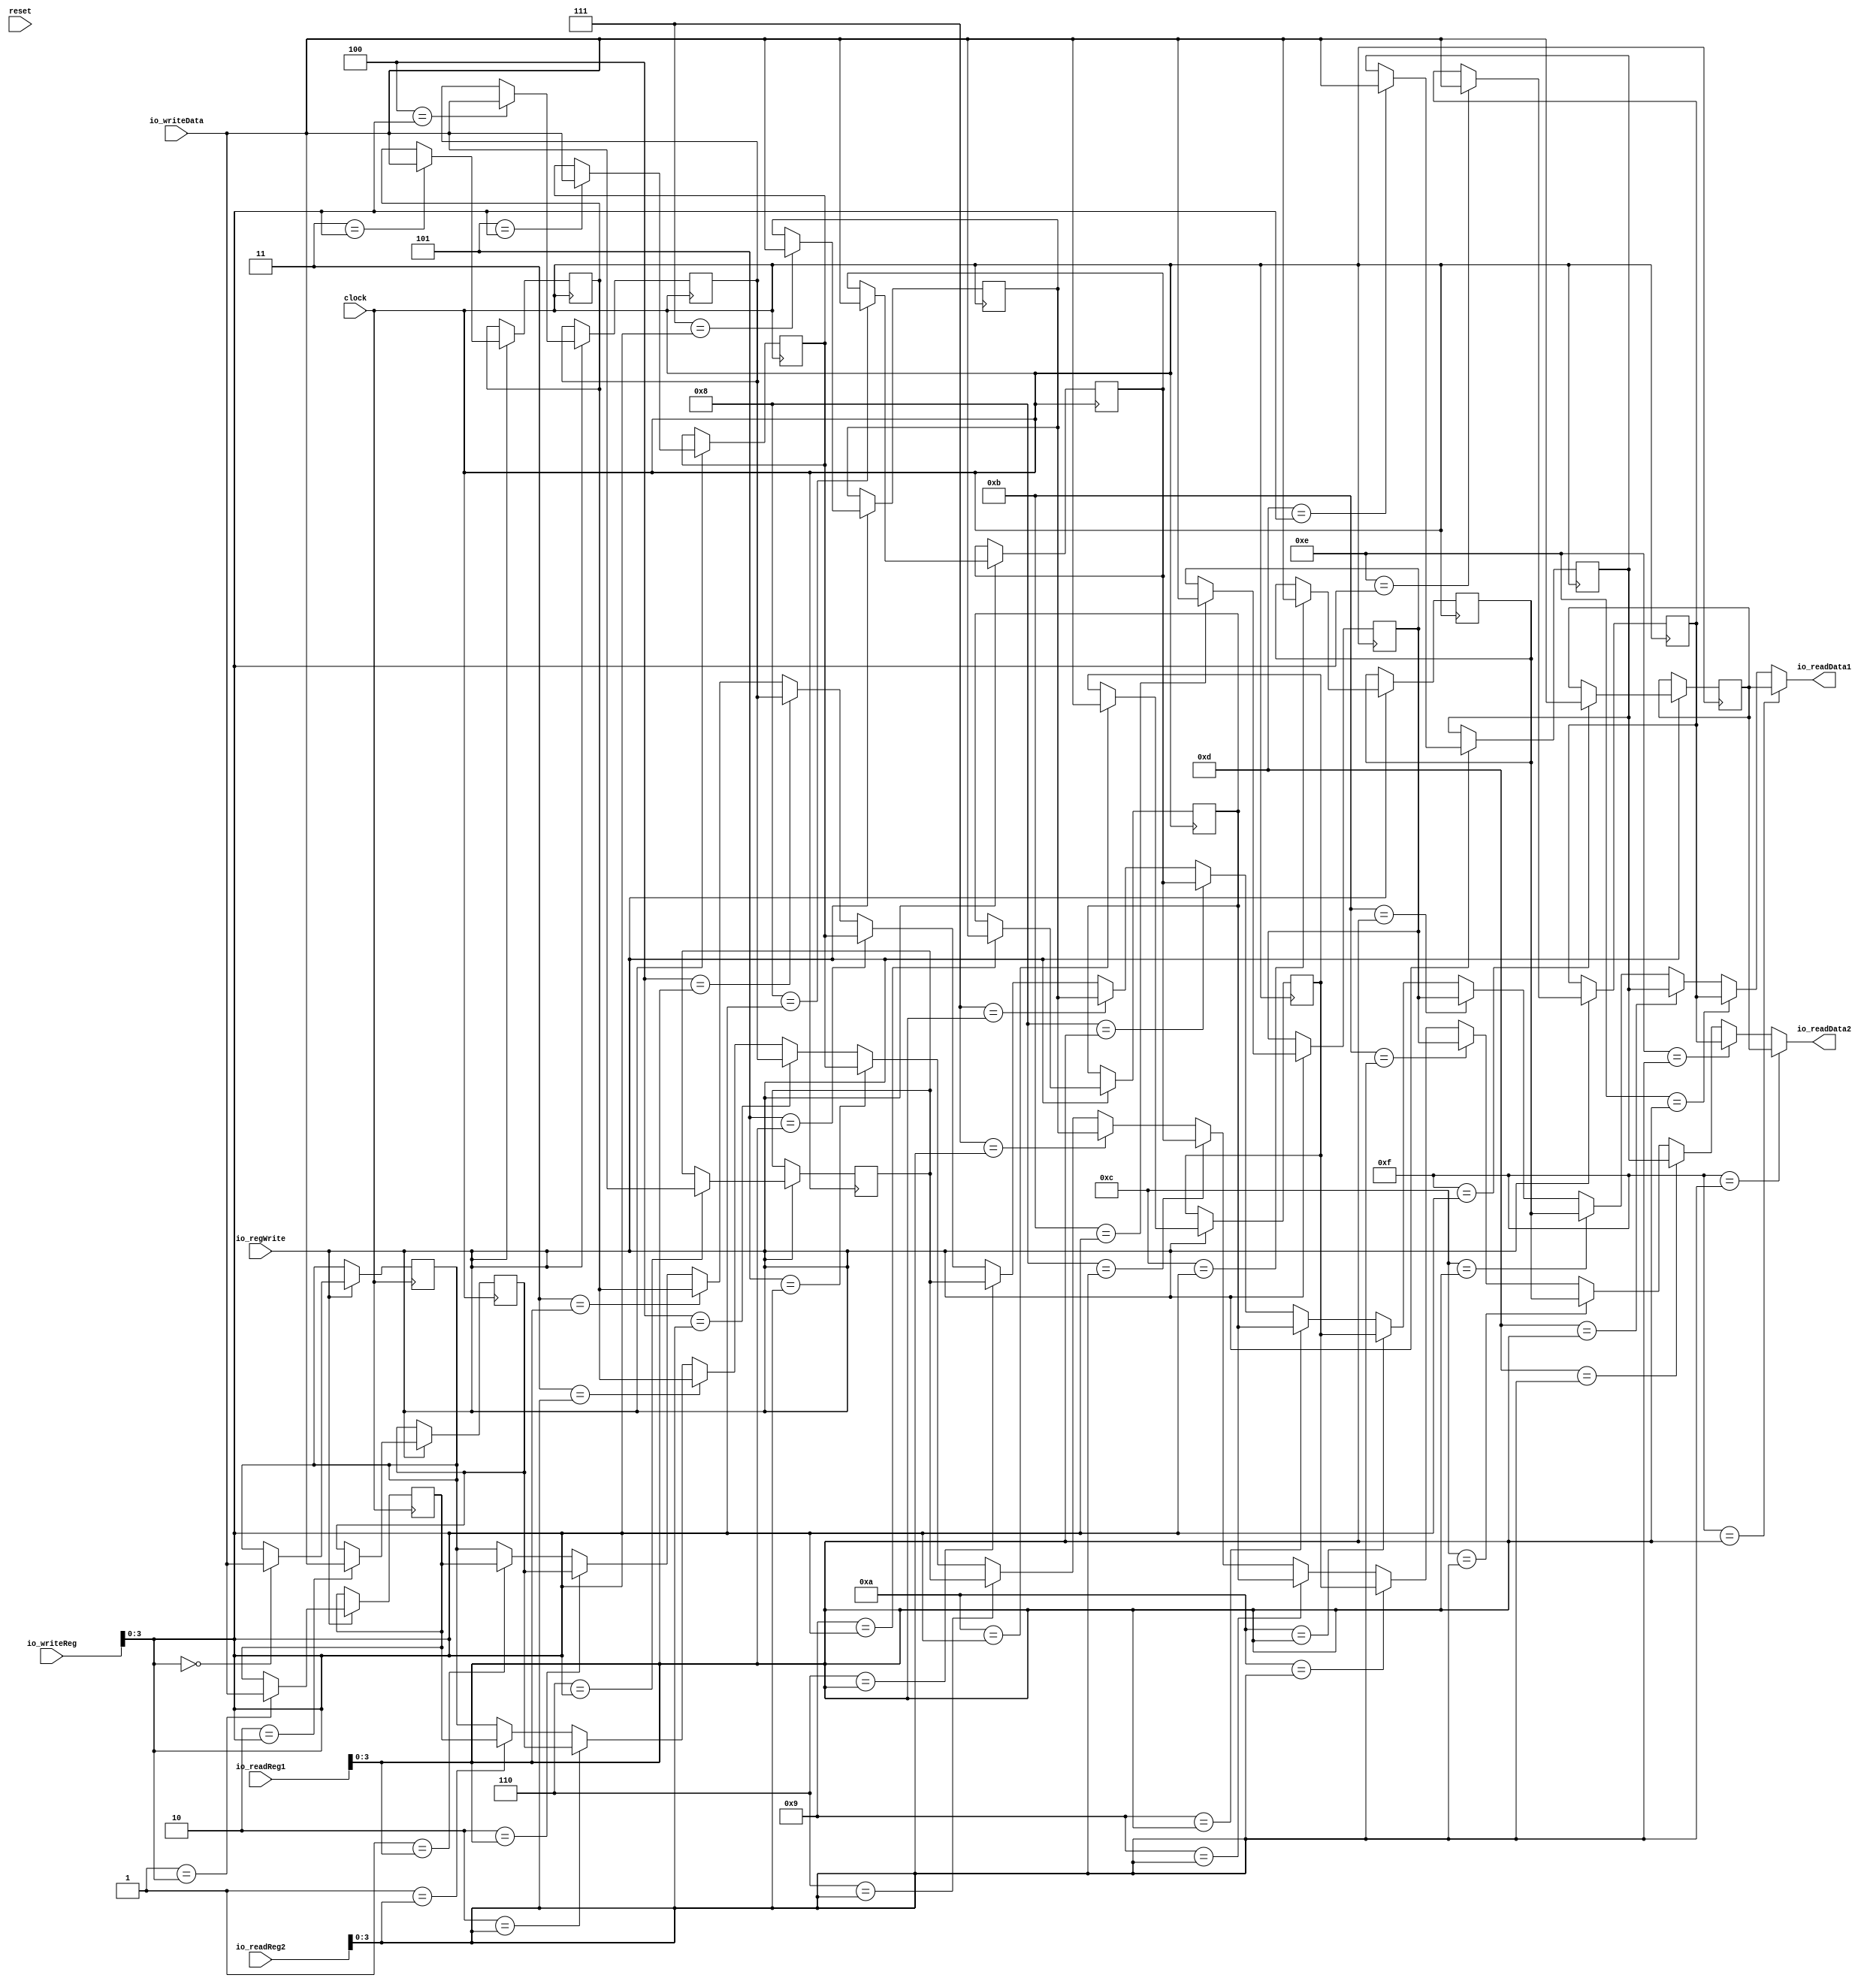
module RegisterFile(
  input         clock,
  input         reset,
  input  [4:0]  io_readReg1,
  input  [4:0]  io_readReg2,
  input         io_regWrite,
  input  [31:0] io_writeData,
  input  [4:0]  io_writeReg,
  output [31:0] io_readData1,
  output [31:0] io_readData2
);
`ifdef RANDOMIZE_REG_INIT
  reg [31:0] _RAND_0;
  reg [31:0] _RAND_1;
  reg [31:0] _RAND_2;
  reg [31:0] _RAND_3;
  reg [31:0] _RAND_4;
  reg [31:0] _RAND_5;
  reg [31:0] _RAND_6;
  reg [31:0] _RAND_7;
  reg [31:0] _RAND_8;
  reg [31:0] _RAND_9;
  reg [31:0] _RAND_10;
  reg [31:0] _RAND_11;
  reg [31:0] _RAND_12;
  reg [31:0] _RAND_13;
  reg [31:0] _RAND_14;
  reg [31:0] _RAND_15;
`endif // RANDOMIZE_REG_INIT
  reg [31:0] registerFile_0; // @[RegisterFile.scala 20:27]
  reg [31:0] registerFile_1; // @[RegisterFile.scala 20:27]
  reg [31:0] registerFile_2; // @[RegisterFile.scala 20:27]
  reg [31:0] registerFile_3; // @[RegisterFile.scala 20:27]
  reg [31:0] registerFile_4; // @[RegisterFile.scala 20:27]
  reg [31:0] registerFile_5; // @[RegisterFile.scala 20:27]
  reg [31:0] registerFile_6; // @[RegisterFile.scala 20:27]
  reg [31:0] registerFile_7; // @[RegisterFile.scala 20:27]
  reg [31:0] registerFile_8; // @[RegisterFile.scala 20:27]
  reg [31:0] registerFile_9; // @[RegisterFile.scala 20:27]
  reg [31:0] registerFile_10; // @[RegisterFile.scala 20:27]
  reg [31:0] registerFile_11; // @[RegisterFile.scala 20:27]
  reg [31:0] registerFile_12; // @[RegisterFile.scala 20:27]
  reg [31:0] registerFile_13; // @[RegisterFile.scala 20:27]
  reg [31:0] registerFile_14; // @[RegisterFile.scala 20:27]
  reg [31:0] registerFile_15; // @[RegisterFile.scala 20:27]
  wire [31:0] _GEN_1 = 4'h1 == io_readReg1[3:0] ? registerFile_1 : registerFile_0; // @[RegisterFile.scala 22:16]
  wire [31:0] _GEN_2 = 4'h2 == io_readReg1[3:0] ? registerFile_2 : _GEN_1; // @[RegisterFile.scala 22:16]
  wire [31:0] _GEN_3 = 4'h3 == io_readReg1[3:0] ? registerFile_3 : _GEN_2; // @[RegisterFile.scala 22:16]
  wire [31:0] _GEN_4 = 4'h4 == io_readReg1[3:0] ? registerFile_4 : _GEN_3; // @[RegisterFile.scala 22:16]
  wire [31:0] _GEN_5 = 4'h5 == io_readReg1[3:0] ? registerFile_5 : _GEN_4; // @[RegisterFile.scala 22:16]
  wire [31:0] _GEN_6 = 4'h6 == io_readReg1[3:0] ? registerFile_6 : _GEN_5; // @[RegisterFile.scala 22:16]
  wire [31:0] _GEN_7 = 4'h7 == io_readReg1[3:0] ? registerFile_7 : _GEN_6; // @[RegisterFile.scala 22:16]
  wire [31:0] _GEN_8 = 4'h8 == io_readReg1[3:0] ? registerFile_8 : _GEN_7; // @[RegisterFile.scala 22:16]
  wire [31:0] _GEN_9 = 4'h9 == io_readReg1[3:0] ? registerFile_9 : _GEN_8; // @[RegisterFile.scala 22:16]
  wire [31:0] _GEN_10 = 4'ha == io_readReg1[3:0] ? registerFile_10 : _GEN_9; // @[RegisterFile.scala 22:16]
  wire [31:0] _GEN_11 = 4'hb == io_readReg1[3:0] ? registerFile_11 : _GEN_10; // @[RegisterFile.scala 22:16]
  wire [31:0] _GEN_12 = 4'hc == io_readReg1[3:0] ? registerFile_12 : _GEN_11; // @[RegisterFile.scala 22:16]
  wire [31:0] _GEN_13 = 4'hd == io_readReg1[3:0] ? registerFile_13 : _GEN_12; // @[RegisterFile.scala 22:16]
  wire [31:0] _GEN_14 = 4'he == io_readReg1[3:0] ? registerFile_14 : _GEN_13; // @[RegisterFile.scala 22:16]
  wire [31:0] _GEN_17 = 4'h1 == io_readReg2[3:0] ? registerFile_1 : registerFile_0; // @[RegisterFile.scala 23:16]
  wire [31:0] _GEN_18 = 4'h2 == io_readReg2[3:0] ? registerFile_2 : _GEN_17; // @[RegisterFile.scala 23:16]
  wire [31:0] _GEN_19 = 4'h3 == io_readReg2[3:0] ? registerFile_3 : _GEN_18; // @[RegisterFile.scala 23:16]
  wire [31:0] _GEN_20 = 4'h4 == io_readReg2[3:0] ? registerFile_4 : _GEN_19; // @[RegisterFile.scala 23:16]
  wire [31:0] _GEN_21 = 4'h5 == io_readReg2[3:0] ? registerFile_5 : _GEN_20; // @[RegisterFile.scala 23:16]
  wire [31:0] _GEN_22 = 4'h6 == io_readReg2[3:0] ? registerFile_6 : _GEN_21; // @[RegisterFile.scala 23:16]
  wire [31:0] _GEN_23 = 4'h7 == io_readReg2[3:0] ? registerFile_7 : _GEN_22; // @[RegisterFile.scala 23:16]
  wire [31:0] _GEN_24 = 4'h8 == io_readReg2[3:0] ? registerFile_8 : _GEN_23; // @[RegisterFile.scala 23:16]
  wire [31:0] _GEN_25 = 4'h9 == io_readReg2[3:0] ? registerFile_9 : _GEN_24; // @[RegisterFile.scala 23:16]
  wire [31:0] _GEN_26 = 4'ha == io_readReg2[3:0] ? registerFile_10 : _GEN_25; // @[RegisterFile.scala 23:16]
  wire [31:0] _GEN_27 = 4'hb == io_readReg2[3:0] ? registerFile_11 : _GEN_26; // @[RegisterFile.scala 23:16]
  wire [31:0] _GEN_28 = 4'hc == io_readReg2[3:0] ? registerFile_12 : _GEN_27; // @[RegisterFile.scala 23:16]
  wire [31:0] _GEN_29 = 4'hd == io_readReg2[3:0] ? registerFile_13 : _GEN_28; // @[RegisterFile.scala 23:16]
  wire [31:0] _GEN_30 = 4'he == io_readReg2[3:0] ? registerFile_14 : _GEN_29; // @[RegisterFile.scala 23:16]
  assign io_readData1 = 4'hf == io_readReg1[3:0] ? registerFile_15 : _GEN_14; // @[RegisterFile.scala 22:16]
  assign io_readData2 = 4'hf == io_readReg2[3:0] ? registerFile_15 : _GEN_30; // @[RegisterFile.scala 23:16]
`ifdef RANDOMIZE_GARBAGE_ASSIGN
`define RANDOMIZE
`endif
`ifdef RANDOMIZE_INVALID_ASSIGN
`define RANDOMIZE
`endif
`ifdef RANDOMIZE_REG_INIT
`define RANDOMIZE
`endif
`ifdef RANDOMIZE_MEM_INIT
`define RANDOMIZE
`endif
`ifndef RANDOM
`define RANDOM $random
`endif
`ifdef RANDOMIZE_MEM_INIT
  integer initvar;
`endif
`ifndef SYNTHESIS
`ifdef FIRRTL_BEFORE_INITIAL
`FIRRTL_BEFORE_INITIAL
`endif
initial begin
  `ifdef RANDOMIZE
    `ifdef INIT_RANDOM
      `INIT_RANDOM
    `endif
    `ifndef VERILATOR
      `ifdef RANDOMIZE_DELAY
        #`RANDOMIZE_DELAY begin end
      `else
        #0.002 begin end
      `endif
    `endif
`ifdef RANDOMIZE_REG_INIT
  _RAND_0 = {1{`RANDOM}};
  registerFile_0 = _RAND_0[31:0];
  _RAND_1 = {1{`RANDOM}};
  registerFile_1 = _RAND_1[31:0];
  _RAND_2 = {1{`RANDOM}};
  registerFile_2 = _RAND_2[31:0];
  _RAND_3 = {1{`RANDOM}};
  registerFile_3 = _RAND_3[31:0];
  _RAND_4 = {1{`RANDOM}};
  registerFile_4 = _RAND_4[31:0];
  _RAND_5 = {1{`RANDOM}};
  registerFile_5 = _RAND_5[31:0];
  _RAND_6 = {1{`RANDOM}};
  registerFile_6 = _RAND_6[31:0];
  _RAND_7 = {1{`RANDOM}};
  registerFile_7 = _RAND_7[31:0];
  _RAND_8 = {1{`RANDOM}};
  registerFile_8 = _RAND_8[31:0];
  _RAND_9 = {1{`RANDOM}};
  registerFile_9 = _RAND_9[31:0];
  _RAND_10 = {1{`RANDOM}};
  registerFile_10 = _RAND_10[31:0];
  _RAND_11 = {1{`RANDOM}};
  registerFile_11 = _RAND_11[31:0];
  _RAND_12 = {1{`RANDOM}};
  registerFile_12 = _RAND_12[31:0];
  _RAND_13 = {1{`RANDOM}};
  registerFile_13 = _RAND_13[31:0];
  _RAND_14 = {1{`RANDOM}};
  registerFile_14 = _RAND_14[31:0];
  _RAND_15 = {1{`RANDOM}};
  registerFile_15 = _RAND_15[31:0];
`endif // RANDOMIZE_REG_INIT
  `endif // RANDOMIZE
end // initial
`ifdef FIRRTL_AFTER_INITIAL
`FIRRTL_AFTER_INITIAL
`endif
`endif // SYNTHESIS
  always @(posedge clock) begin
    if (io_regWrite) begin
      if (4'h0 == io_writeReg[3:0]) begin
        registerFile_0 <= io_writeData;
      end
    end
    if (io_regWrite) begin
      if (4'h1 == io_writeReg[3:0]) begin
        registerFile_1 <= io_writeData;
      end
    end
    if (io_regWrite) begin
      if (4'h2 == io_writeReg[3:0]) begin
        registerFile_2 <= io_writeData;
      end
    end
    if (io_regWrite) begin
      if (4'h3 == io_writeReg[3:0]) begin
        registerFile_3 <= io_writeData;
      end
    end
    if (io_regWrite) begin
      if (4'h4 == io_writeReg[3:0]) begin
        registerFile_4 <= io_writeData;
      end
    end
    if (io_regWrite) begin
      if (4'h5 == io_writeReg[3:0]) begin
        registerFile_5 <= io_writeData;
      end
    end
    if (io_regWrite) begin
      if (4'h6 == io_writeReg[3:0]) begin
        registerFile_6 <= io_writeData;
      end
    end
    if (io_regWrite) begin
      if (4'h7 == io_writeReg[3:0]) begin
        registerFile_7 <= io_writeData;
      end
    end
    if (io_regWrite) begin
      if (4'h8 == io_writeReg[3:0]) begin
        registerFile_8 <= io_writeData;
      end
    end
    if (io_regWrite) begin
      if (4'h9 == io_writeReg[3:0]) begin
        registerFile_9 <= io_writeData;
      end
    end
    if (io_regWrite) begin
      if (4'ha == io_writeReg[3:0]) begin
        registerFile_10 <= io_writeData;
      end
    end
    if (io_regWrite) begin
      if (4'hb == io_writeReg[3:0]) begin
        registerFile_11 <= io_writeData;
      end
    end
    if (io_regWrite) begin
      if (4'hc == io_writeReg[3:0]) begin
        registerFile_12 <= io_writeData;
      end
    end
    if (io_regWrite) begin
      if (4'hd == io_writeReg[3:0]) begin
        registerFile_13 <= io_writeData;
      end
    end
    if (io_regWrite) begin
      if (4'he == io_writeReg[3:0]) begin
        registerFile_14 <= io_writeData;
      end
    end
    if (io_regWrite) begin
      if (4'hf == io_writeReg[3:0]) begin
        registerFile_15 <= io_writeData;
      end
    end
  end
endmodule